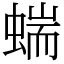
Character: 𧍒